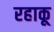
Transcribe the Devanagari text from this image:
रहाकू